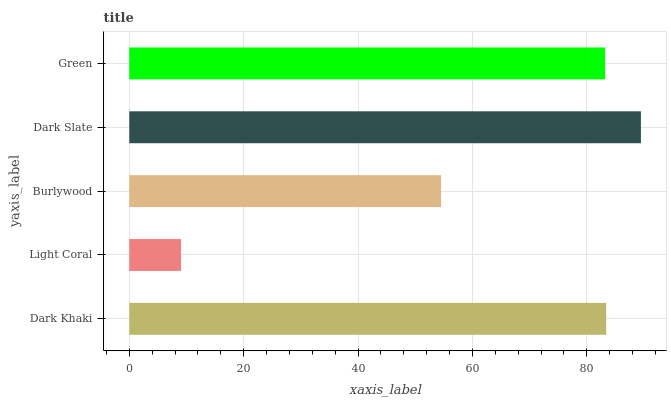
| yaxis_label | bars |
 | --- | --- |
 | Dark Khaki | 83.4 |
 | Light Coral | 9.04 |
 | Burlywood | 54.5 |
 | Dark Slate | 89.5 |
 | Green | 83.2 |